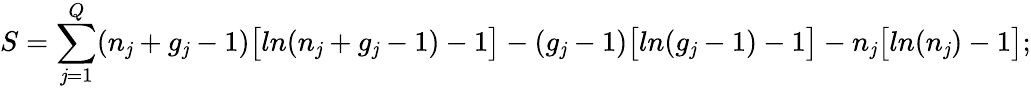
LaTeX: S=\sum_{\mathit{j}=1}^{Q}(n_{\mathit{j}}+g_{\mathit{j}}-1)\big[ln(n_{\mathit{j}}+g_{\mathit{j}}-1)-1\big]-(g_{\mathit{j}}-1)\big[ln(g_{\mathit{j}}-1)-1\big]-n_{\mathit{j}}\big[ln(n_{\mathit{j}})-1\big];